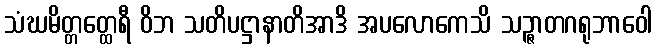
သံဃမိတ္တတ္ထေရီ ဝိဘ သတိပဋ္ဌာနာတိအာဒိ အပလောကေသိ သဉ္ဇာတဂရုဘာဝေါ